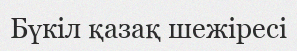
Бүкіл қазақ шежіресі